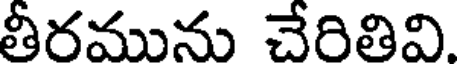
తీరమును చేరితివి.